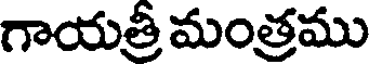
గాయత్రి మంత్రము